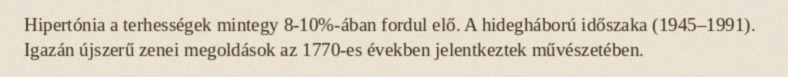
Hipertónia a terhességek mintegy 8-10%-ában fordul elő. A hidegháború időszaka (1945–1991). Igazán újszerű zenei megoldások az 1770-es években jelentkeztek művészetében.